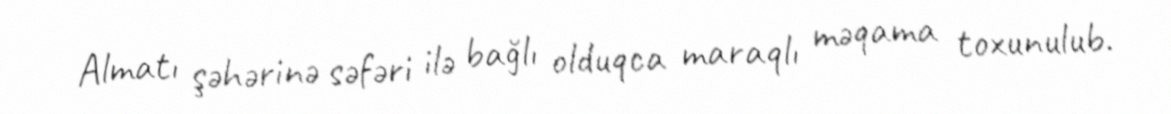
Almatı şəhərinə səfəri ilə bağlı olduqca maraqlı məqama toxunulub.